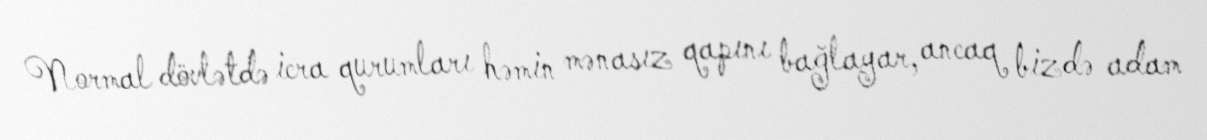
Normal dövlətdə icra qurumları həmin mənasız qapını bağlayar, ancaq bizdə adam